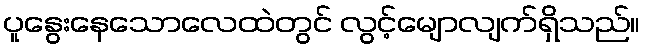
ပူနွေးနေသောလေထဲတွင် လွင့်မျောလျက်ရှိသည်။